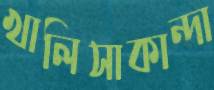
খালিসাকান্দা